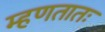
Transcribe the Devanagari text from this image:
म्हणतातः